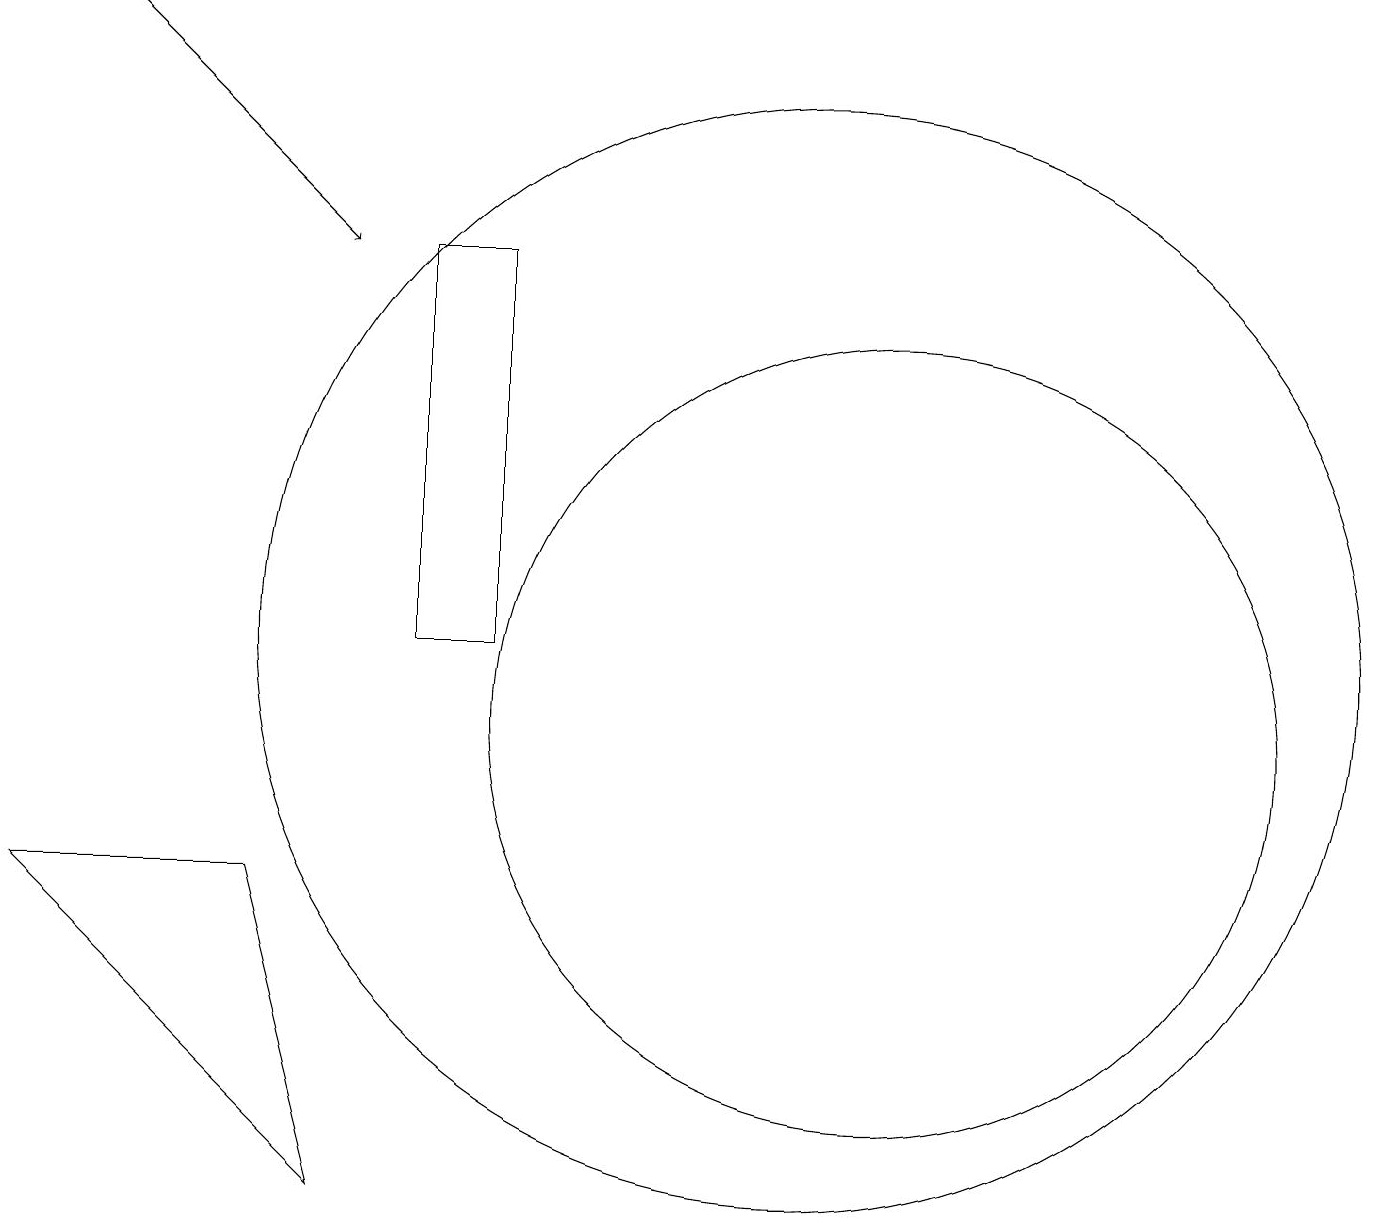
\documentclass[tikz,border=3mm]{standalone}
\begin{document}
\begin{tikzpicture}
\draw (6,16) rectangle (5,11);
\draw (0,8) -- (3,8) -- (4,4) -- cycle;
\draw[->] (1,19) -- (4,16);
\draw (11,10) circle (5);
\draw (10,11) circle (7);
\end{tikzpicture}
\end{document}